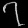
Digit: ၇